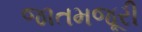
જાતમજૂરી